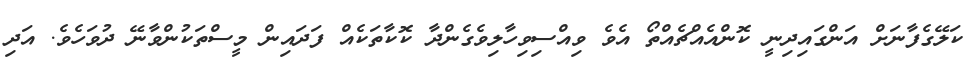
ކަލޭގެފާނަށް އަންގައިދިނީ ކޮންއެއްޗެއްތޯ އެވެ ވިއްސިވިހާލިވެގެންދާ ކޮކާތަކެއް ފަދައިން މީސްތަކުންވާނޭ ދުވަހެވެ. އަދި